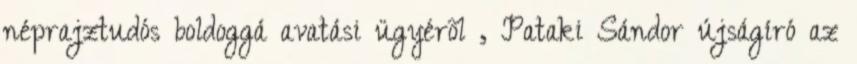
néprajztudós boldoggá avatási ügyérõl , Pataki Sándor újságíró az